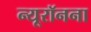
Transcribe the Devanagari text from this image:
न्यूरॉनना